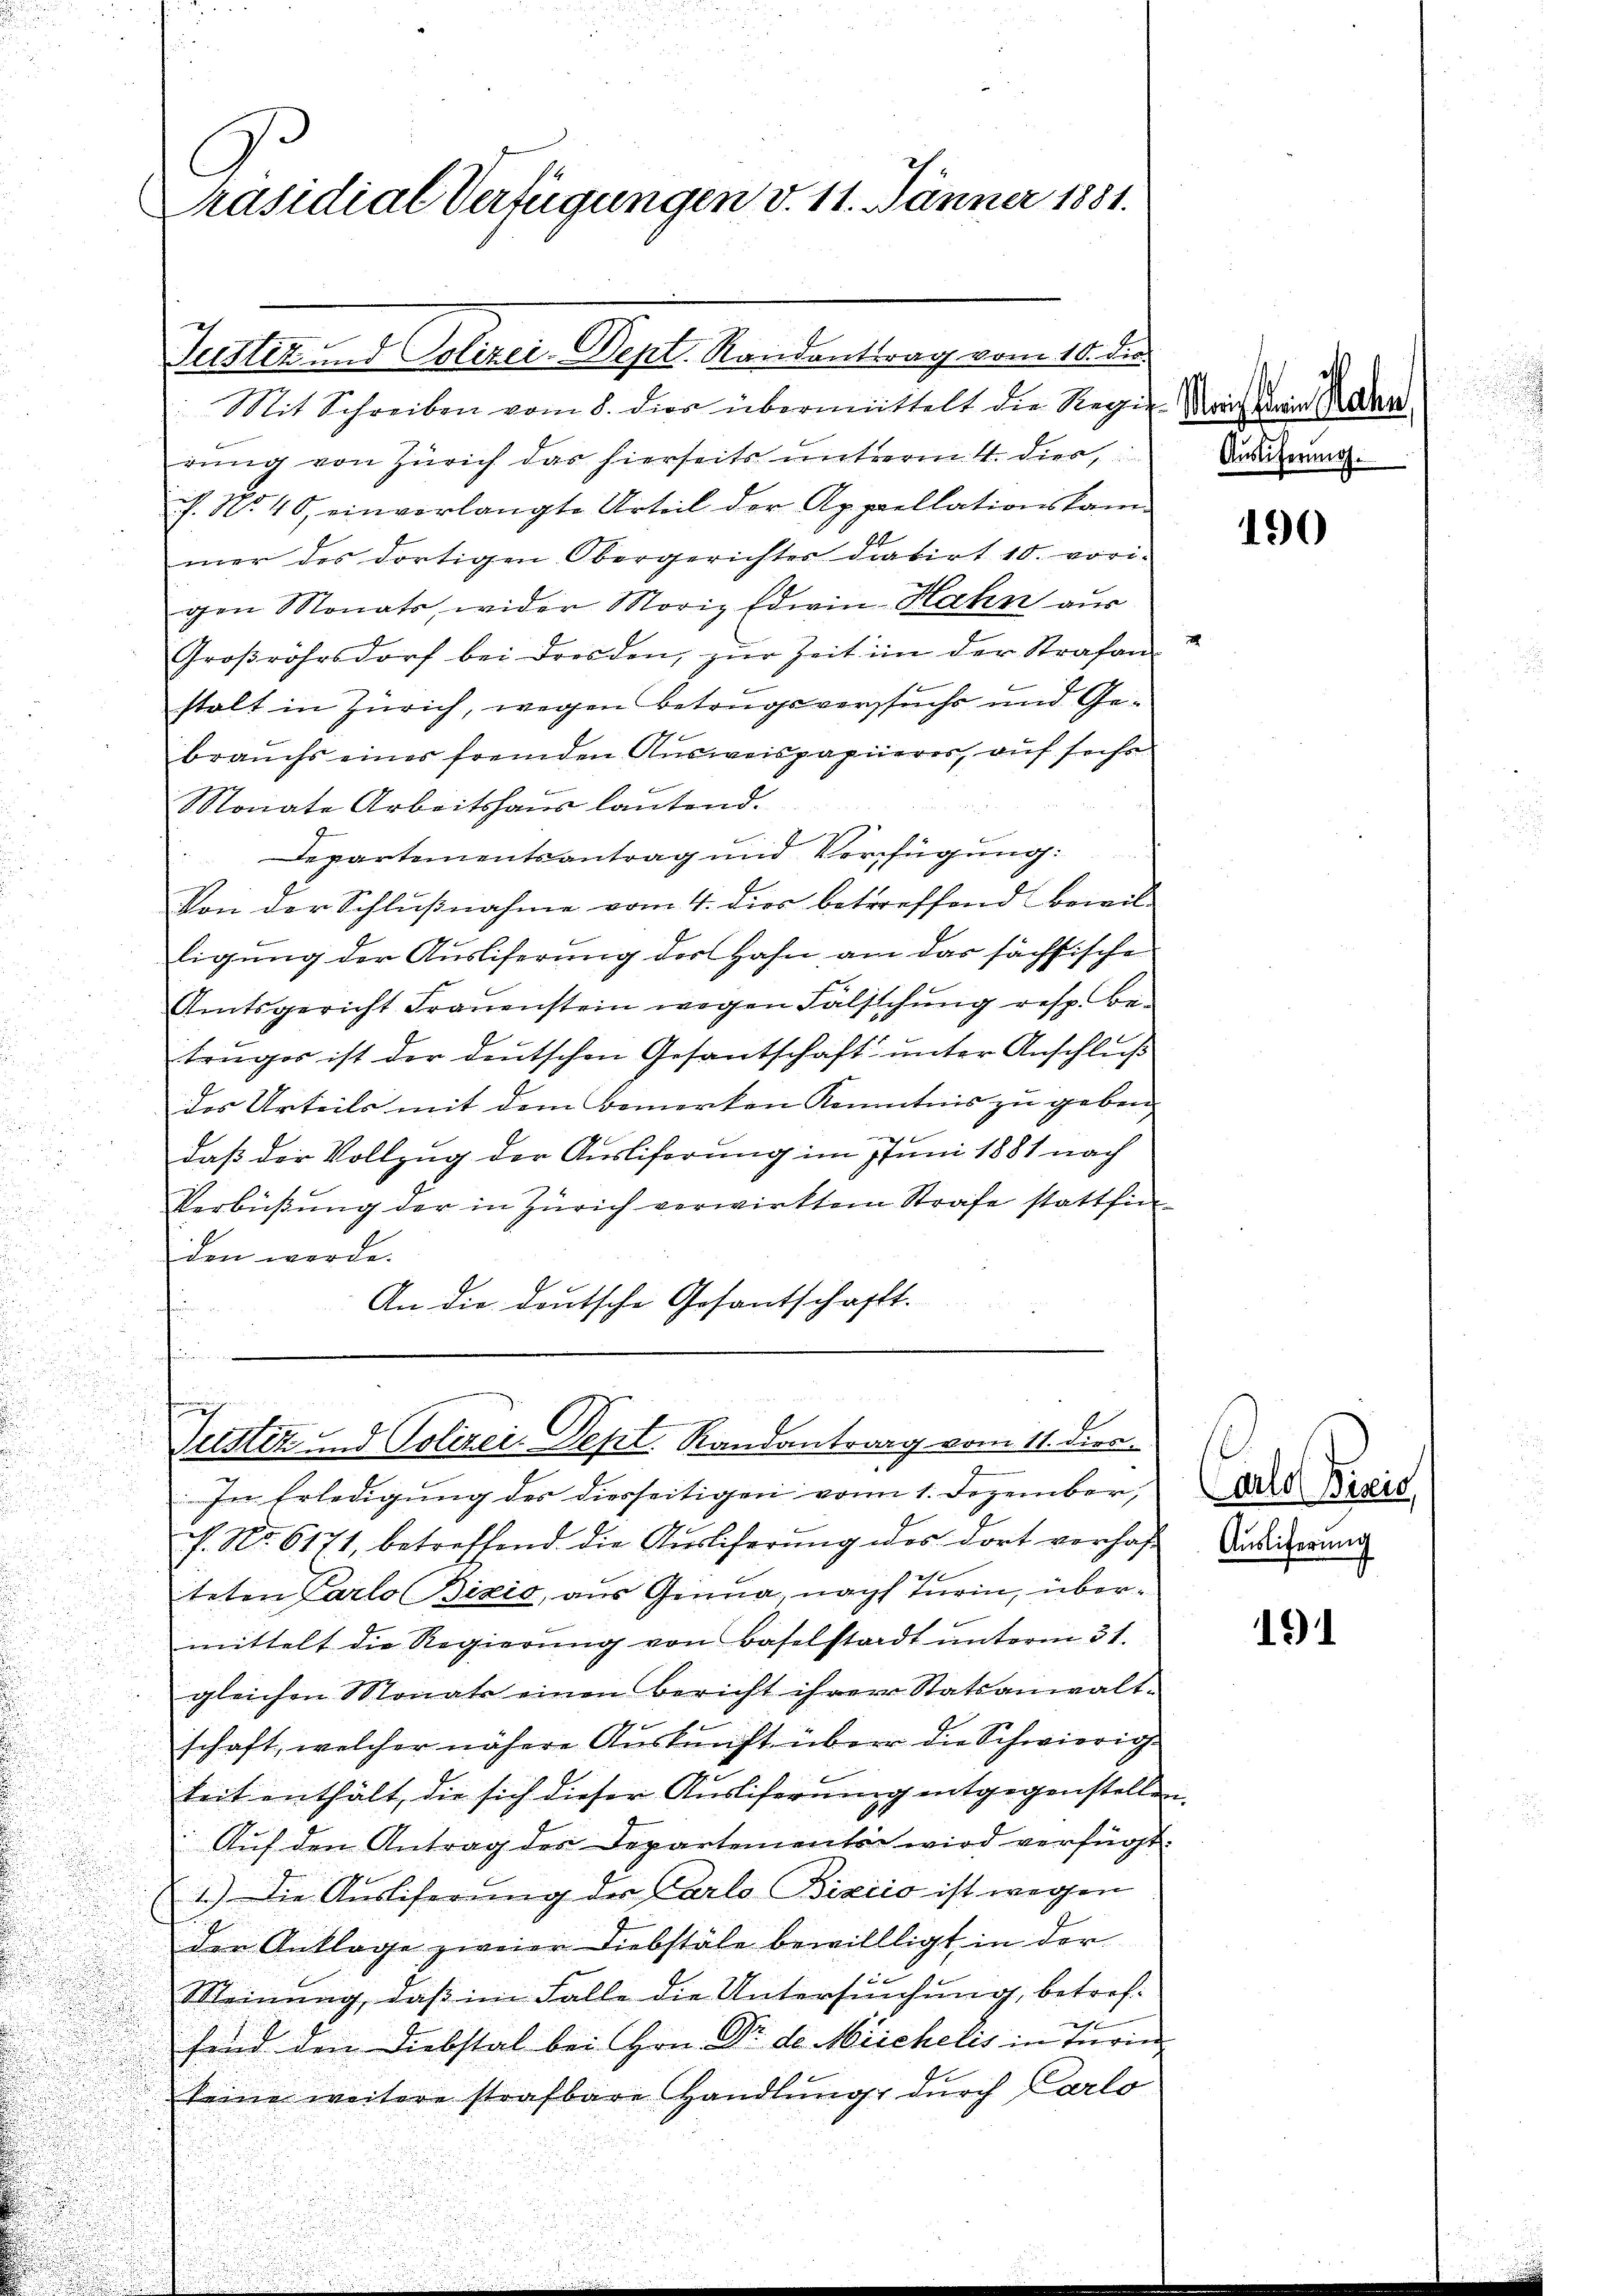
C
Präsidial-Verfügungen v. 11. Jänner 1881.

rung von Zürich das hierseits unterm 4. dies
h. No 40, einverlangte Urteil der Appellationskan
mer des dortigen Obergerichtes datirt 10. vori-
gen Monats, wider Moriz Edwin-Hahn aus
Großrohrsdorf bei Dresden, zur Zeit im der Strafen
stalt in Zürich, wegen Betrugsversuchs und Gebrauchs eines fremden Ausweispapierer, auf sechs
Monate Arbeitshaus lautend.
Departementsantrag und Verfügung:
Von der Schlußnahme vom 4. dies betreffend Bewilligung der Ausliferung des Hahn am das sächsische
Amtsgericht Frauenstein wegen Fälschung resp. Be-
truges ist der deutschen Gesantschaft unter Anschluß
des Urteils mit dem Bemerken Kenntnis zu geben.
,
daß der Vollzug der Ausliferung im Juni 1881 nach
Verbüßung der in Zürich verwirktem Strafe stattfinden werde.
An die deutsche Gesantschafft.
.

Justiz und Polizei-Dept. Randantrag vom 10. die
Mit Schreiben vom 8. dies übermittelt die Regierich in Kan

n
Justiz und Polizei-Dept. Randantrag vom 11. Dien

In Erledigung des diesseitigen vom 1. Dezember,
f. No. 6171, betreffend die Auslieferung des dort vorhaf
teten Parlo Bixis, aus Genua, nach Turin, übermittelt die Regierŭng von Baselstadt ŭnterm 31.

gleichen Monats einen Bericht ihrer Statsanwalt-
.
schaft, welcher nähere Aŭskŭnft über die Schwierig
keit enthält, die sich dieser Ausliferung entgegenstellen
Auf den Antrag des Departementen wird verfügt:
 1.) Die Ausliferung der Carlo Bixiio ist wegen
den Anklage zweier Diebstäle bewillligt in der
Meinung, daß im Falle die Untersuchung, betrefsind den Diebstal bei Hrn. Dr. d. Meichelis in Turin
seine weitere strafbare Handlung durch Carlo

Auslieferung.

1

190

arlo Bisis,
Auslieferung

191